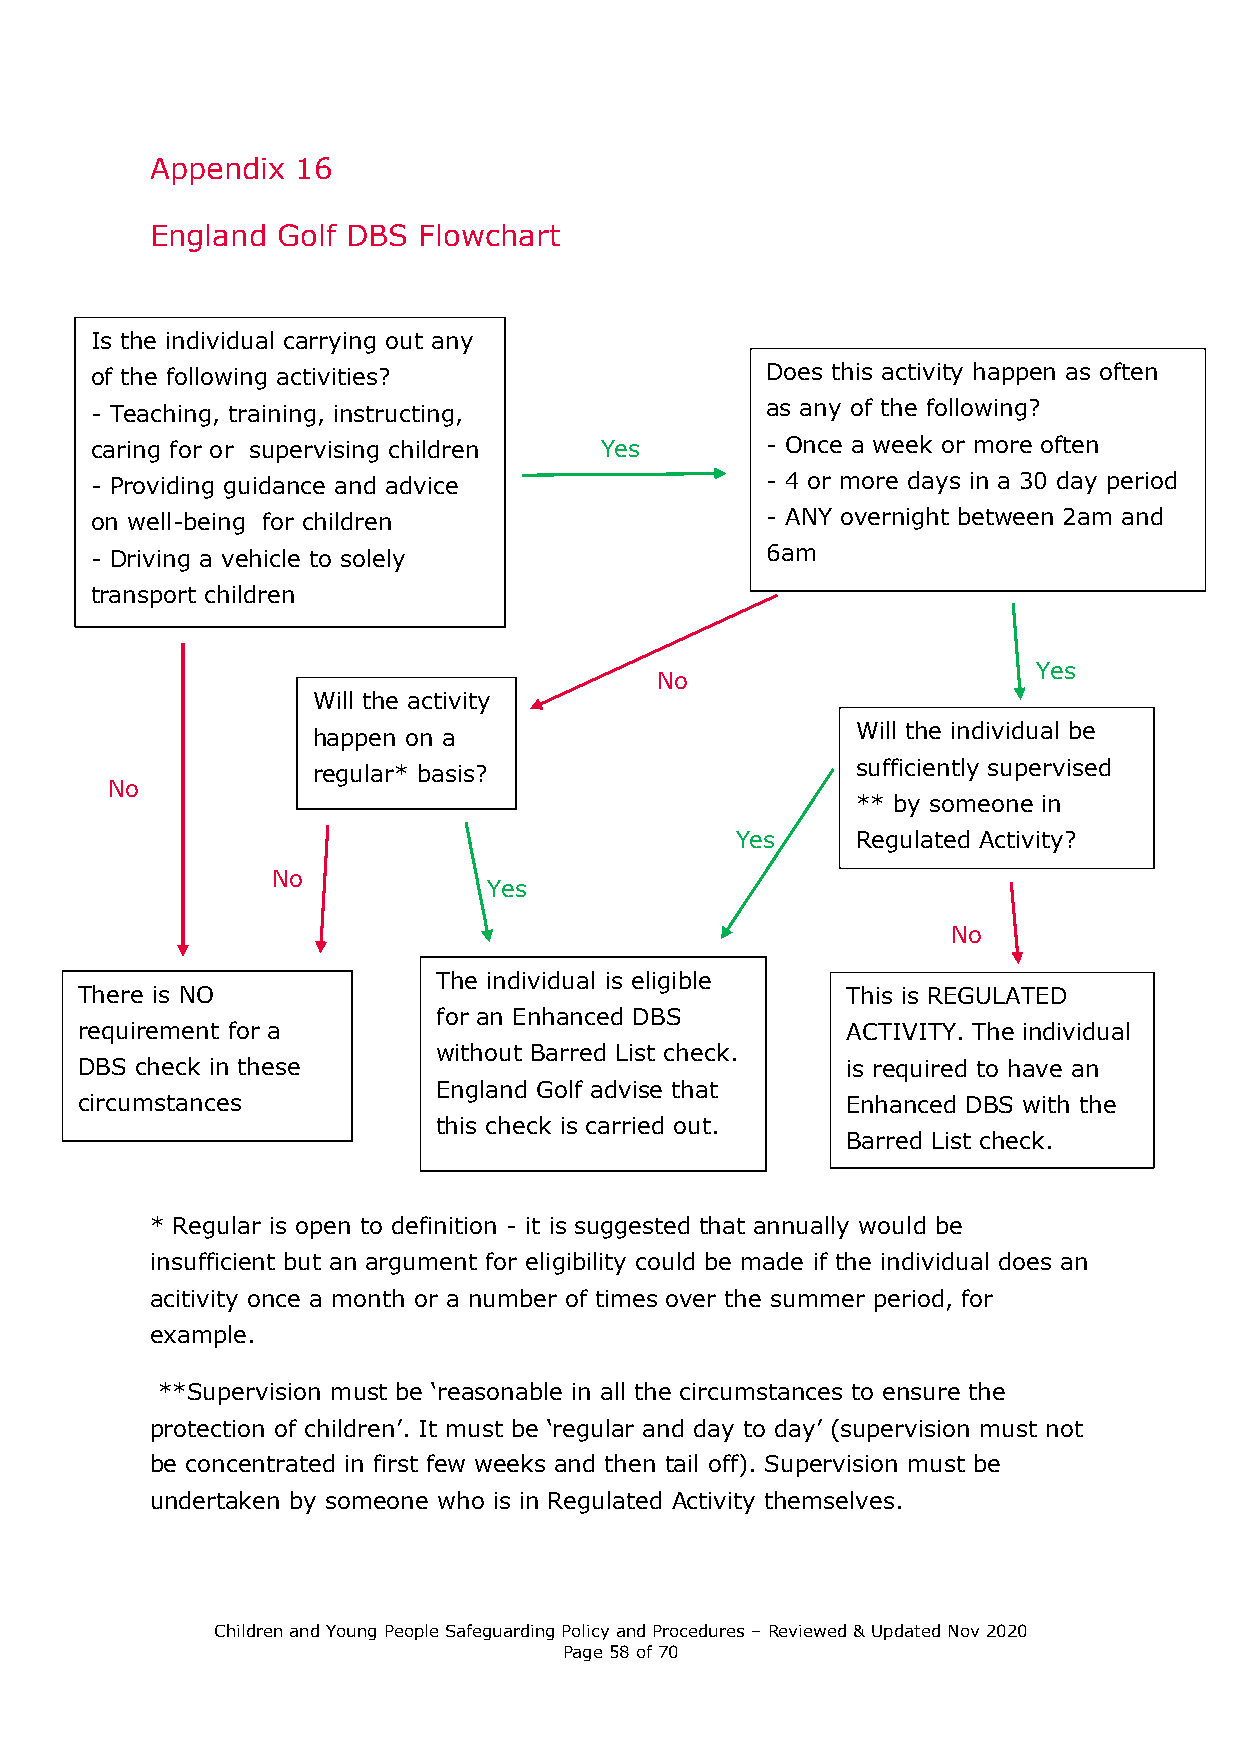
Appendix  16
 England Golf DBS  Flowchart
 Is the individual carrying out any
 of the following activities?                 Does this activity happen as often
 - Teaching, training, instructing,           as any of the following?
 caring for or supervising children Yes       - Once a week or more often
 - Providing guidance and advice              - 4 or more days in a 30 day period
 on well-being for children                   - ANY overnight between 2am and
 - Driving a vehicle to solely                6am
 transport children
 Yes
 No
 Will the activity
 Will the individual be
 happen on a
 regular* basis?                     sufficiently supervised
 No
 ** by someone in
 Yes     Regulated Activity?
 No
 Yes
 No
 The individual is eligible
 There is NO                                        This is REGULATED
 for an Enhanced DBS
 requirement for a                                  ACTIVITY. The individual
 without Barred List check.
 DBS check in these                                 is required to have an
 England Golf advise that
 circumstances                                      Enhanced DBS with the
 this check is carried out.
 Barred List check.
 * Regular is open to definition - it is suggested that annually would be
 insufficient but an argument for eligibility could be made if the individual does an
 acitivity once a month or a number of times over the summer period, for
 example.
 **Supervision must be ‘reasonable in all the circumstances to ensure the
 protection of children’. It must be ‘regular and day to day’ (supervision must not
 be concentrated in first few weeks and then tail off). Supervision must be
 undertaken by someone who is in Regulated Activity themselves.
 Children and Young People Safeguarding Policy and Procedures – Reviewed & Updated Nov 2020
 Page 58 of 70